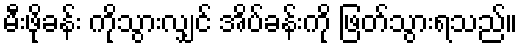
မီးဖိုခန်း ကိုသွားလျှင် အိပ်ခန်းကို ဖြတ်သွားရသည်။